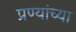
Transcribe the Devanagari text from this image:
प्रण्यांच्या